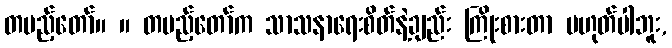
တပည့်တော်။ ။ တပည့်တော်က သာသနာရေးစိတ်နဲ့ချည်း ကြိုးစားတာ မဟုတ်ပါဘူး,